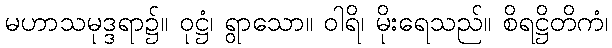
မဟာသမုဒ္ဒရာ၌။ ဝုဋ္ဌံ၊ ရွာသော။ ဝါရိ၊ မိုးရေသည်။ စိရဋ္ဌိတိကံ၊